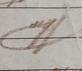
Signature authenticity: genuine